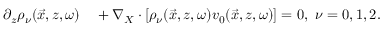
\begin{array} { r l } { \partial _ { z } \rho _ { \nu } ( \vec { x } , z , \omega ) } & { { } + \nabla _ { X } \cdot \left[ \rho _ { \nu } ( \vec { x } , z , \omega ) v _ { 0 } ( \vec { x } , z , \omega ) \right] = 0 , ~ \nu = 0 , 1 , 2 . } \end{array}